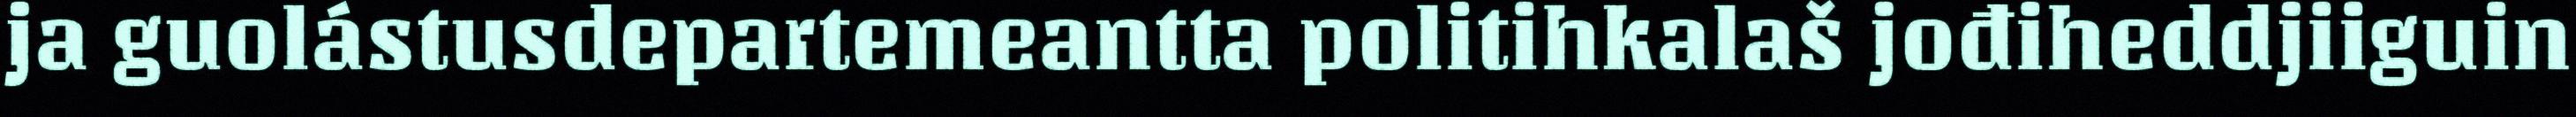
ja guolástusdepartemeantta politihkalaš jođiheddjiiguin